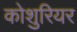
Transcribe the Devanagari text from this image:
कोशुरियर